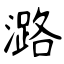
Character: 潞